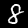
Digit: 8